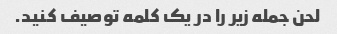
لحن جمله زیر را در یک کلمه توصیف کنید.